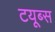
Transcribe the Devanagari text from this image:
टयूब्स